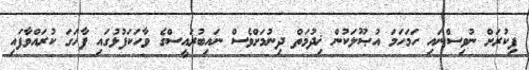
ފިކުރަށް ނުވިސްނައި ހަމަހަމަ އުޞޫލަކުން ޚިދުމަތް ދިނުމަށްވެސް ނައިބުރައީސްގެ ވާހަކަފުޅުގައި ފާހަގަ ކުރައްވާފައި